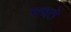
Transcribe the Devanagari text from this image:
मचते